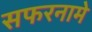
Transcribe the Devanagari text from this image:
सफरनामे